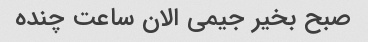
صبح بخیر جیمی الان ساعت چنده